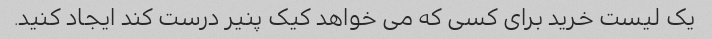
یک لیست خرید برای کسی که می خواهد کیک پنیر درست کند ایجاد کنید.